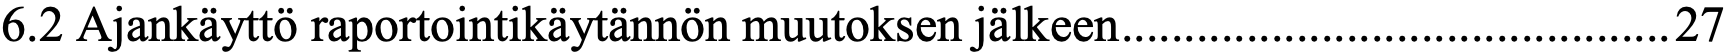
6.2 Ajankäyttö raportointikäytännön muutoksen jälkeen ............................................ 27